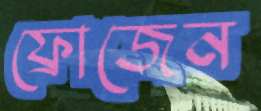
ফ্রোজেন